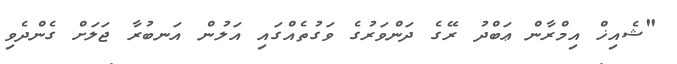
"ޝެއިޚް އިމްރާން ޢަބްދު ރޭގެ ދަންވަރުގެ ވަގުތެއްގައި އަލުން އަނބުރާ ޖަލަށް ގެންދެވި